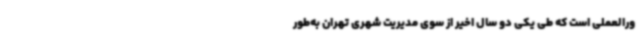
ورالعملی است که طی یکی دو سال اخیر از سوی مدیریت شهری تهران به‌طور